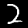
Digit: 2